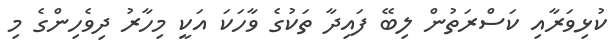
ކުޅިވަރާއި ކަސްރަތުން ލިބޭ ފައިދާ ތަކުގެ ވާހަކަ އަކީ މިހާރު ދިވެހިންގެ މި